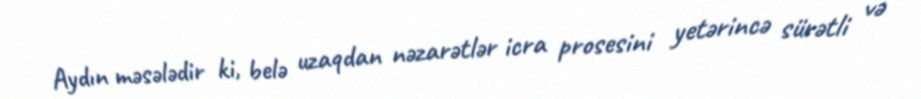
Aydın məsələdir ki, belə uzaqdan nəzarətlər icra prosesini yetərincə sürətli və